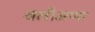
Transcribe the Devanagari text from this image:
वलीअप्पा